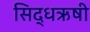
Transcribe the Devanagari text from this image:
सिद्धऋषी